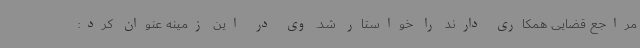
مراجع قضایی همکاری دارند را خواستار شد. وی در این زمینه عنوان کرد: